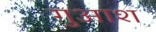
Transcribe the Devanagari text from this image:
गुआश